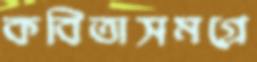
কবিতাসমগ্রে